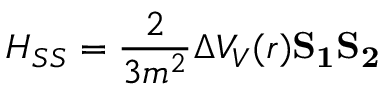
H _ { S S } = \frac { 2 } { 3 m ^ { 2 } } \Delta V _ { V } ( r ) \bf { S _ { 1 } S _ { 2 } }